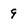
Character: 9